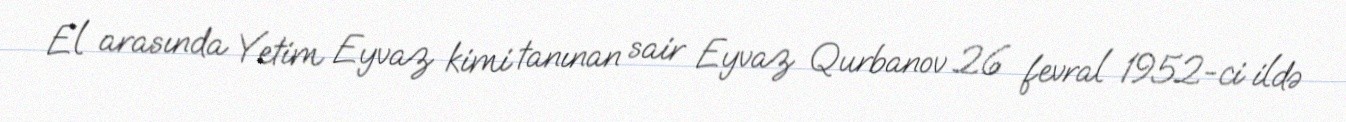
El arasında Yetim Eyvaz kimi tanınan sair Eyvaz Qurbanov 26 fevral 1952-ci ildə